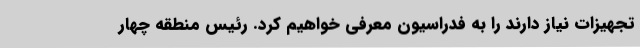
تجهیزات نیاز دارند را به فدراسیون معرفی خواهیم کرد. رئیس منطقه چهار